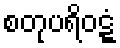
စတုပရိဝဋ္ဋံ